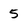
Character: 5